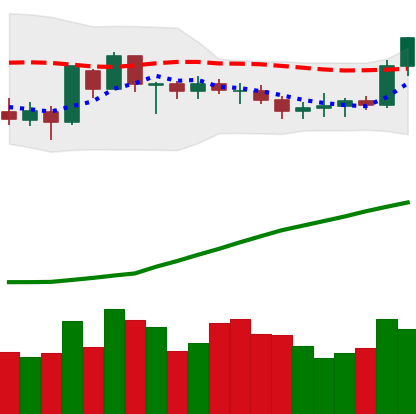
Ticker: BTC-USD
Chart end date: 2020-07-22
Forward return: 15.385%
Label: up_7plus